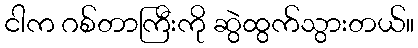
ငါက ဂစ်တာကြီးကို ဆွဲထွက်သွားတယ်။